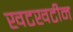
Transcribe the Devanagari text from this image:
खटखटीन